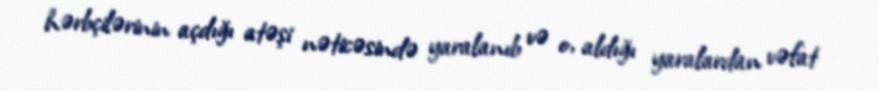
hərbçilərinin açdığı atəşi nəticəsində yaralanıb və o, aldığı yaralardan vəfat